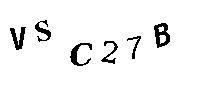
VSC27B